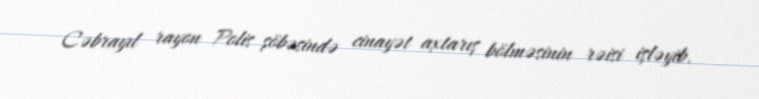
Cəbrayıl rayon Polis şöbəsində cinayət axtarış bölməsinin rəisi işləyib.